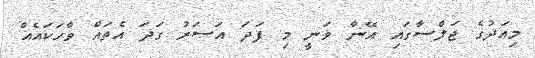
މިއަދުގެ ޖަލްސާގައި އޭނާ ވަނީ މި ފަދަ އަސަރު ގަދަ އެތައް ވާހަކައެއް